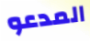
المدعو